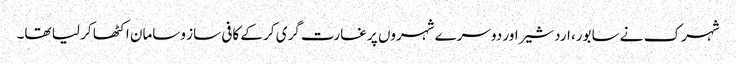
شہرک نے سابور، اردشیراور دوسرے شہروں پر غارت گری کر کے کافی ساز وسامان اکٹھا کر لیا تھا۔